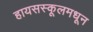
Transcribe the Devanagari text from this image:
हायसस्कूलमधून